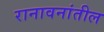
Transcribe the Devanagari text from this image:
रानावनांतील